65_HS1-834228961_62-HQ-83894_Section_4
Agency: FBI
Page 92
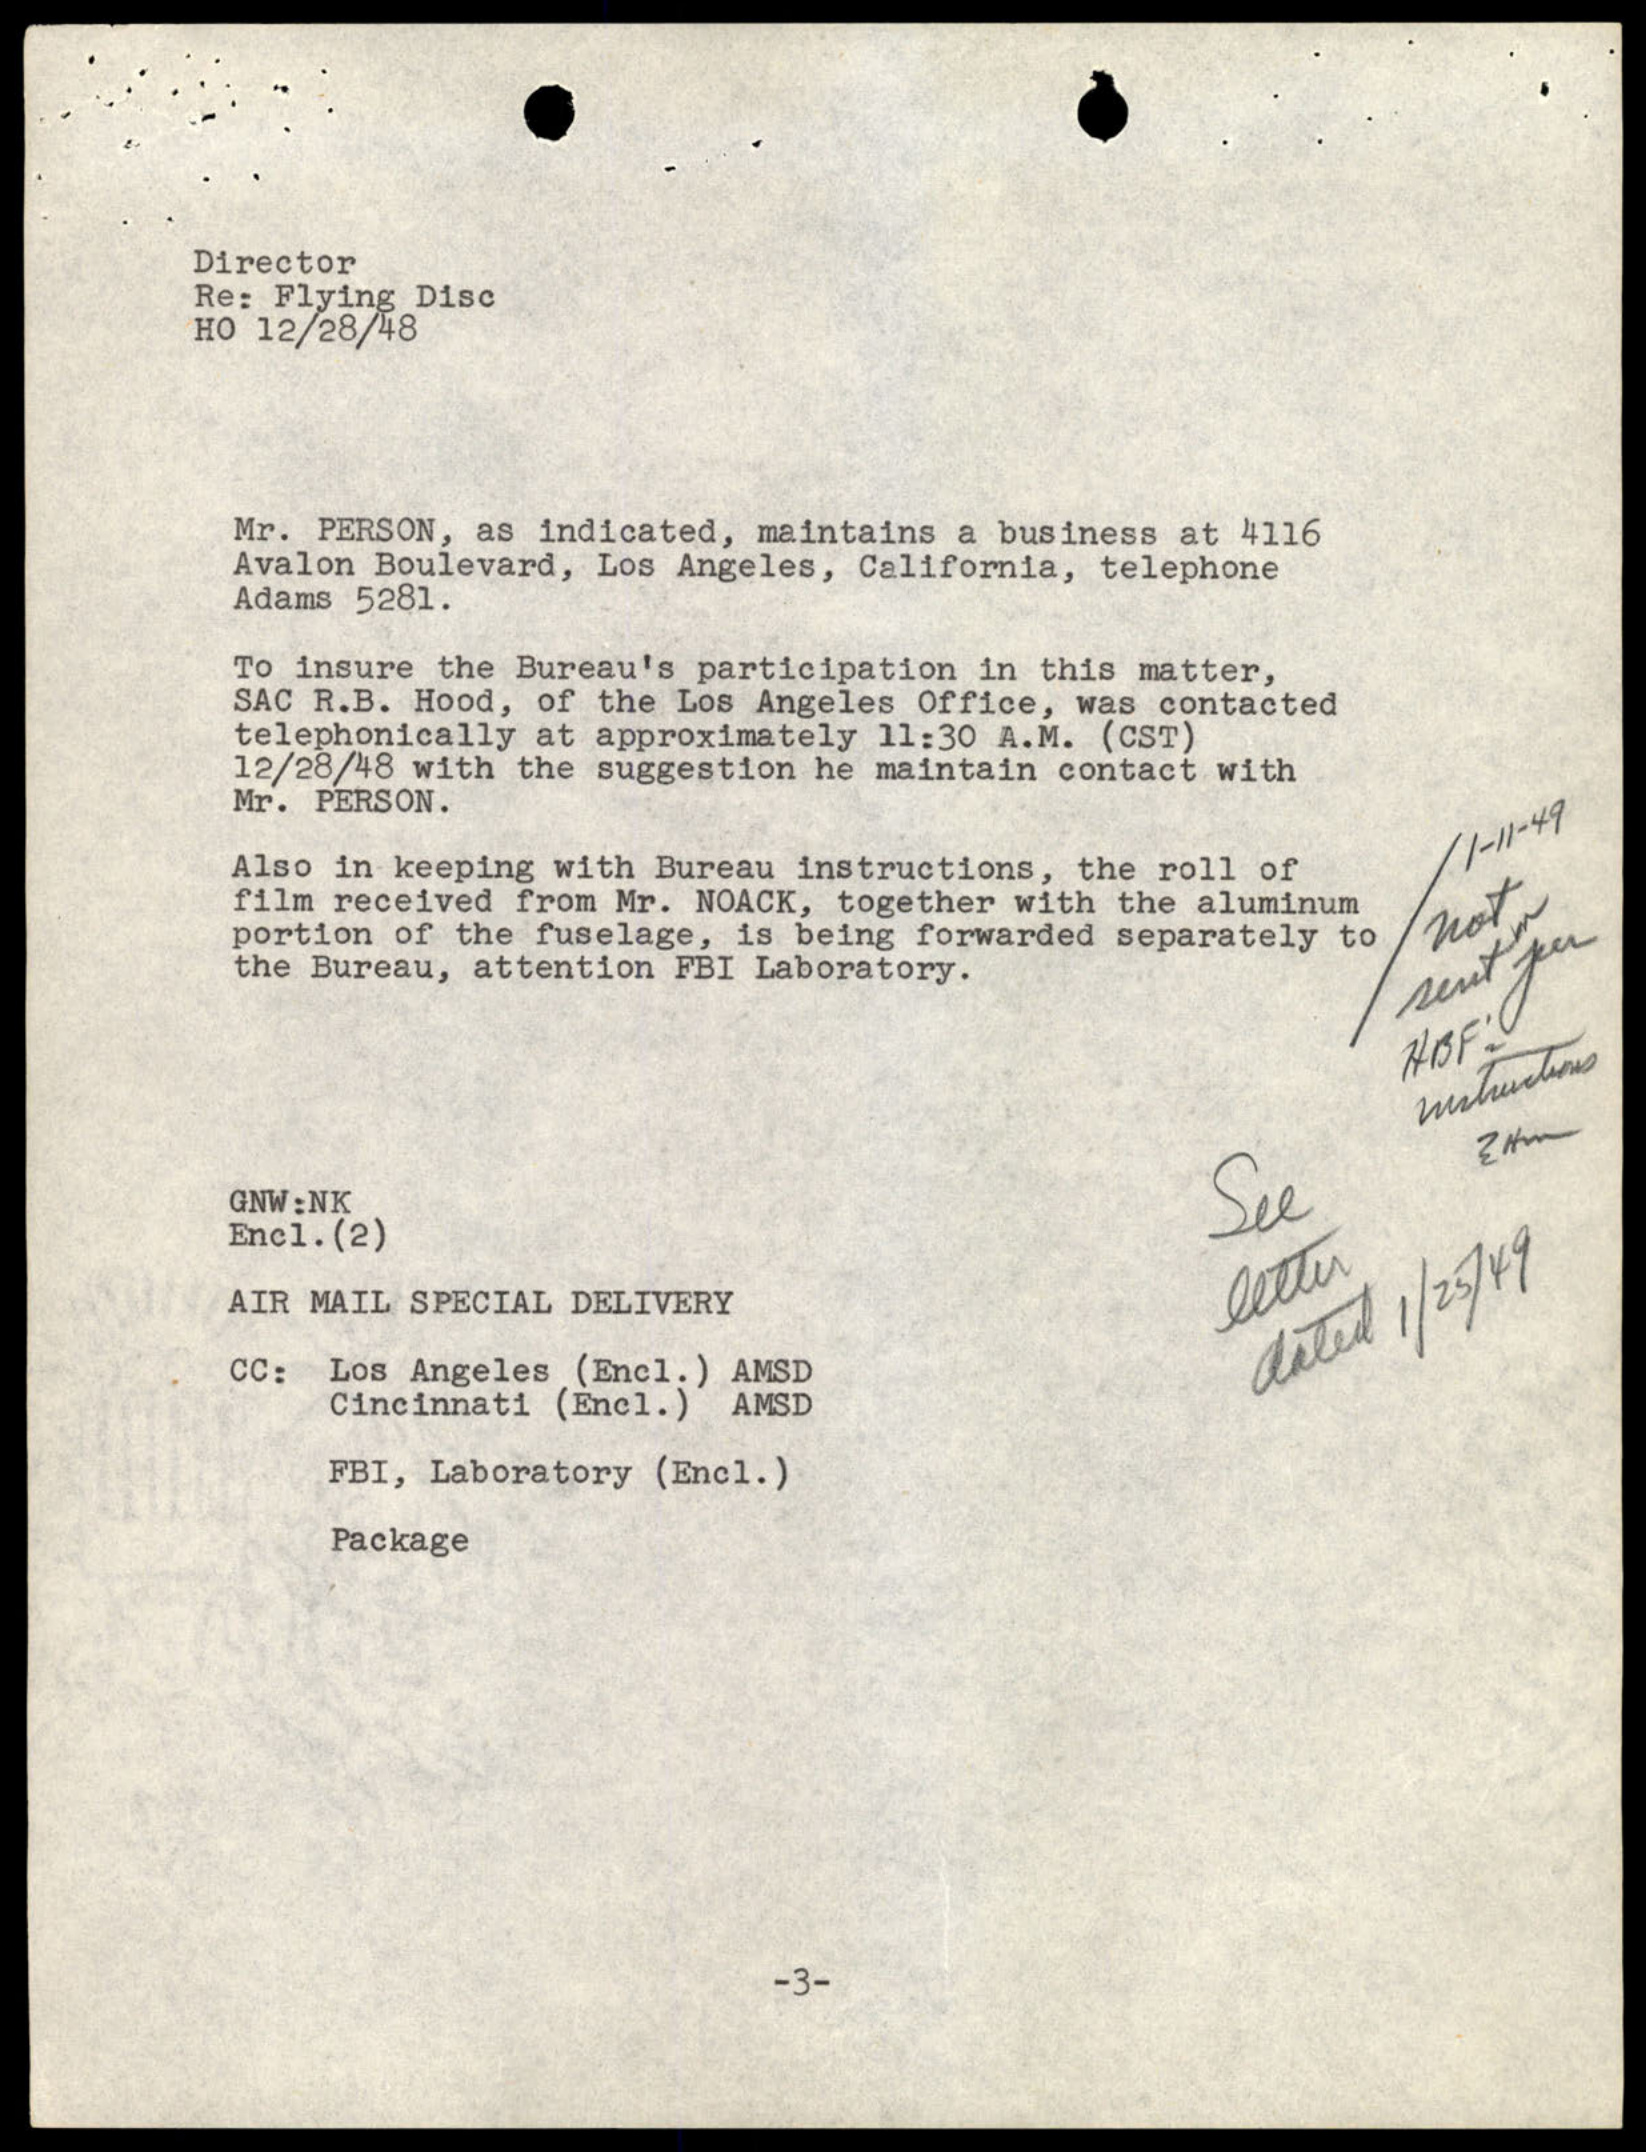